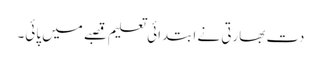
دت بھارتی نے ابتدائی تعلیم قصبے میں پائی۔